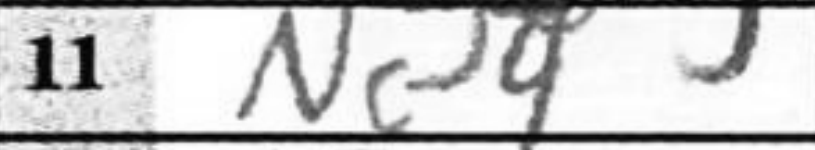
Transcription: Nc4